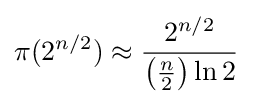
\pi (2^{n/2})\approx {2^{n/2} \over \left({\frac {n}{2}}\right)\ln 2}